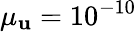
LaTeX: \mu_{\mathbf{u}}=10^{-10}